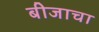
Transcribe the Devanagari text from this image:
बीजाचा